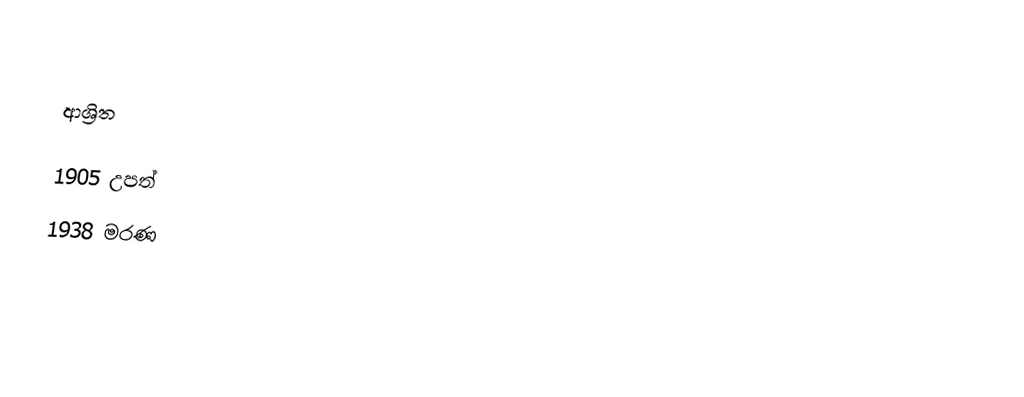

ආශ්‍රිත

1905 උපත්
1938 මරණ